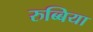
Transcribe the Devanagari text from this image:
रुब्बिया